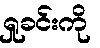
ရှုခင်းကို